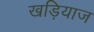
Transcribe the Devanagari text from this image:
खड़ियाज